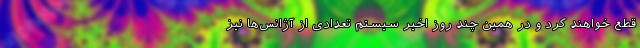
قطع خواهند کرد و در همین چند روز اخیر سیستم تعدادی از آژانس‌ها نیز